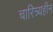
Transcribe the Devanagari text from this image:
चारित्र्यहीन